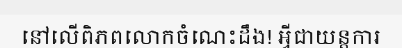
នៅលើពិភពលោកចំណេះដឹង! អ្វីជាយន្តការ